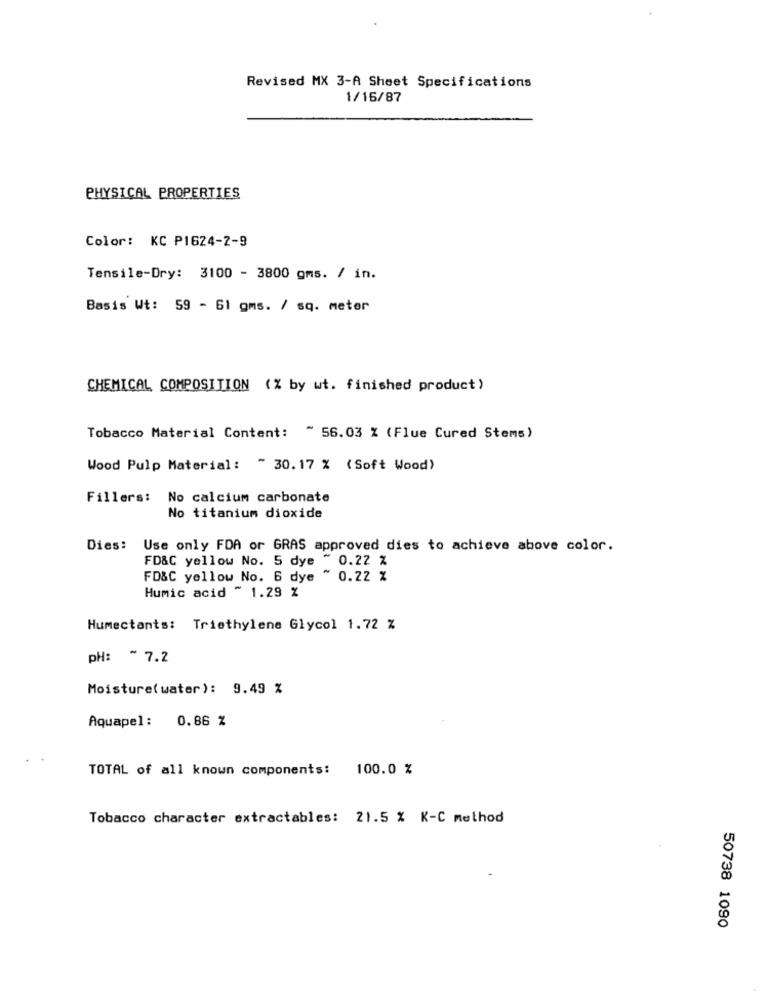
Revised MX 3-A Sheet Specifications
1/16/87
PHYSICAL PROPERTIES
Color: KC P1624-2-9
Tensile-Dry: 3100 - 3800 gms. / in.
Basis Wt: 59 - 61 gms. / sq. meter
CHEMICAL COMPOSITION (% by wt. finished product)
Tobacco Material Content: " 56.03 % (Flue Cured Stems)
Wood Pulp Material: " 30.17 % (Soft Wood)
Fillers:
No calcium carbonate
No titanium dioxide
Dies: Use only FDA or GRAS approved dies to achieve above color.
FD&C yellow No. 5 dye ~ 0.22 %
FD&C yellow No. 6 dye ~ 0.22 %
Humic acid ~ 1.29 %
Humectants: Triethylene Glycol 1.72 %
PH: ~ 7.2
Moisture( water): 9.49 %
0.86 %
Aquapel:
TOTAL of all known components: 100.0 %
Tobacco character extractables: 21.5 % K-C method
50738 1090